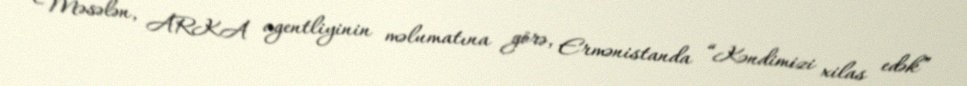
Məsələn, ARKA agentliyinin məlumatına görə, Ermənistanda “Kəndimizi xilas edək”